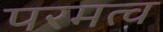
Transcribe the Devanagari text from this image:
परमत्व